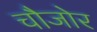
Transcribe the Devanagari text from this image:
चौजोर